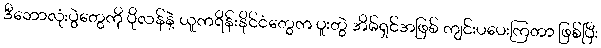
ဒီဘောလုံးပွဲတွေကို ပိုလန်နဲ့ ယူကရိန်းနိုင်ငံတွေက ပူးတွဲ အိမ်ရှင်အဖြစ် ကျင်းပပေးကြတာ ဖြစ်ပြီး